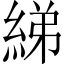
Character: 綈